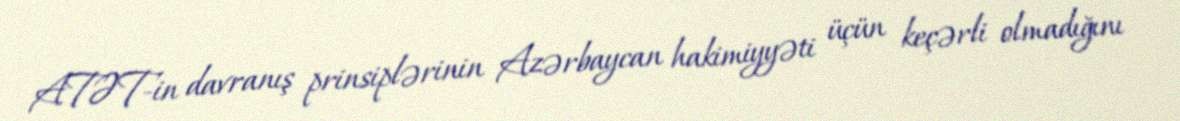
ATƏT-in davranış prinsiplərinin Azərbaycan hakimiyyəti üçün keçərli olmadığını